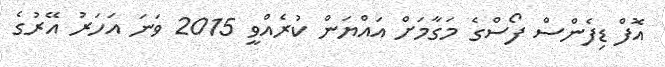
އޮފް ޑިފެންސް ފޯސްގެ މަގާމަށް އައްޔަން ކުރެއްވީ 2015 ވަނަ އަހަރު އޭރުގެ